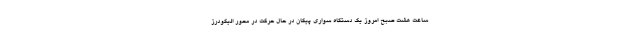
ساعت هشت صبح امروز یک دستگاه سواری پیکان در حال حرکت در محور الیگودرز